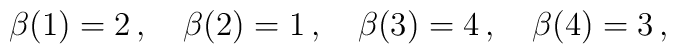
\beta(1) = 2 \,, \quad \beta(2) = 1 \,, \quad \beta(3) = 4 \,, \quad \beta(4) = 3 \,,